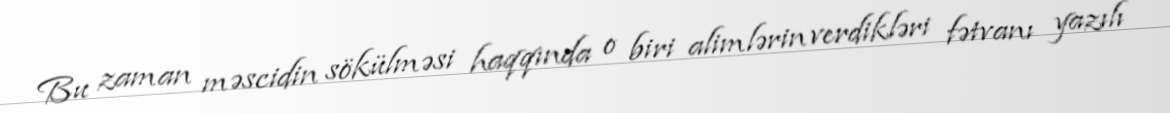
Bu zaman məscidin sökülməsi haqqında o biri alimlərin verdikləri fətvanı yazılı